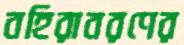
বহিরাবরণের